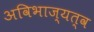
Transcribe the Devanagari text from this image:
अविभाज्यत्व